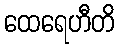
ထေရေဟီတိ